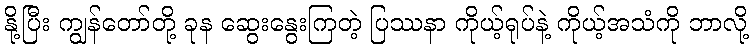
နို့ပြီး ကျွန်တော်တို့ ခုန ဆွေးနွေးကြတဲ့ ပြဿနာ ကိုယ့်ရုပ်နဲ့ ကိုယ့်အသံကို ဘာလို့